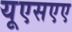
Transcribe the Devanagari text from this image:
यूएसएए